Lunatic asylums Madras 1877-1891 - 1877-1891
Year: 1877
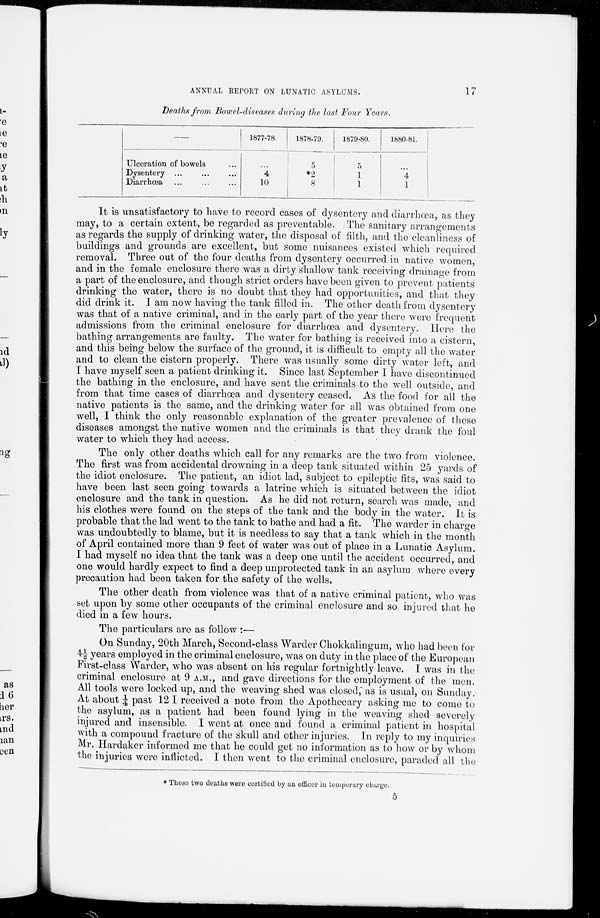
17
ANNUAL REPORT ON LUNATIC ASYLUMS.
Deaths from Bowel-diseases during the last Four Years.
Ulceration of bowels ...
Dysentery ... ... ...
Diarrhœa ... ... ...
1877-78.
...
4
10
1878-79.
5
*2
8
1879-80.
5
1
1
1880-81.
... 4
1
It is unsatisfactory to have to record cases of dysentery and diarrhœa, as they
may, to a certain extent, be regarded as preventable. The sanitary arrangements
as regards the supply of drinking water, the disposal of filth, and the cleanliness of
buildings and grounds are excellent, but some nuisances existed which required
removal. Three out of the four deaths from dysentery occurred in native women,
and in the female enclosure there was a dirty shallow tank receiving drainage from
a part of the enclosure, and though strict orders have been given to prevent patients
drinking the water, there is no doubt that they had opportunities, and that they
did drink it. I am now having the tank filled in. The other death from dysentery
was that of a native criminal, and in the early part of the year there were frequent
admissions from the criminal enclosure for diarrhœa and dysentery. Here the
bathing arrangements are faulty. The water for bathing is received into a cistern,
and this being below the surface of the ground, it is difficult to empty all the water
and to clean the cistern properly. There was usually some dirty water left, and
I have myself seen a patient drinking it. Since last September I have discontinued
the bathing in the enclosure, and have sent the criminals to the well outside, and
from that time cases of diarrhœa and dysentery ceased. As the food for all the
native patients is the same, and the drinking water for all was obtained from one
well, I think the only reasonable explanation of the greater prevalence of these
diseases amongst the native women and the criminals is that they drank the foul
water to which they had access.
The only other deaths which call for any remarks are the two from violence.
The first was from accidental drowning in a deep tank situated within 25 yards of
the idiot enclosure. The patient, an idiot lad, subject to epileptic fits, was said to
have been last seen going towards a latrine which is situated between the idiot
enclosure and the tank in question. As he did not return, search was made, and
his clothes were found on the steps of the tank and the body in the water. It is
probable that the lad went to the tank to bathe and had a fit. The warder in charge
was undoubtedly to blame, but it is needless to say that a tank which in the month
of April contained more than 9 feet of water was out of place in a Lunatic Asylum.
I had myself no idea that the tank was a deep one until the accident occurred, and
one would hardly expect to find a deep unprotected tank in an asylum where every
precaution had been taken for the safety of the wells.
The other death from violence was that of a native criminal patient, who was
set upon by some other occupants of the criminal enclosure and so injured that he
died in a few hours.
The particulars are as follow :—
On Sunday, 20th March, Second-class Warder Chokkalingum, who had been for
4½ years employed in the criminal enclosure, was on duty in the place of the European
First-class Warder, who was absent on his regular fortnightly leave. I was in the
criminal enclosure at 9 A.M., and gave directions for the employment of the men.
All tools were locked up, and the weaving shed was closed, as is usual, on Sunday.
At about ¼ past 12 I received a note from the Apothecary asking me to come to
the asylum, as a patient had been found lying in the weaving shed severely
injured and insensible. I went at once and found a criminal patient in hospital
with a compound fracture of the skull and other injuries. In reply to my inquiries
Mr. Hardaker informed me that he could get no information as to how or by whom
the injuries were inflicted. I then went to the criminal enclosure, paraded all the
* These two deaths were certified by an officer in temporary charge.
5